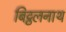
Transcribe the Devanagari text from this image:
बिट्ठलनाथ